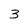
Character: 3